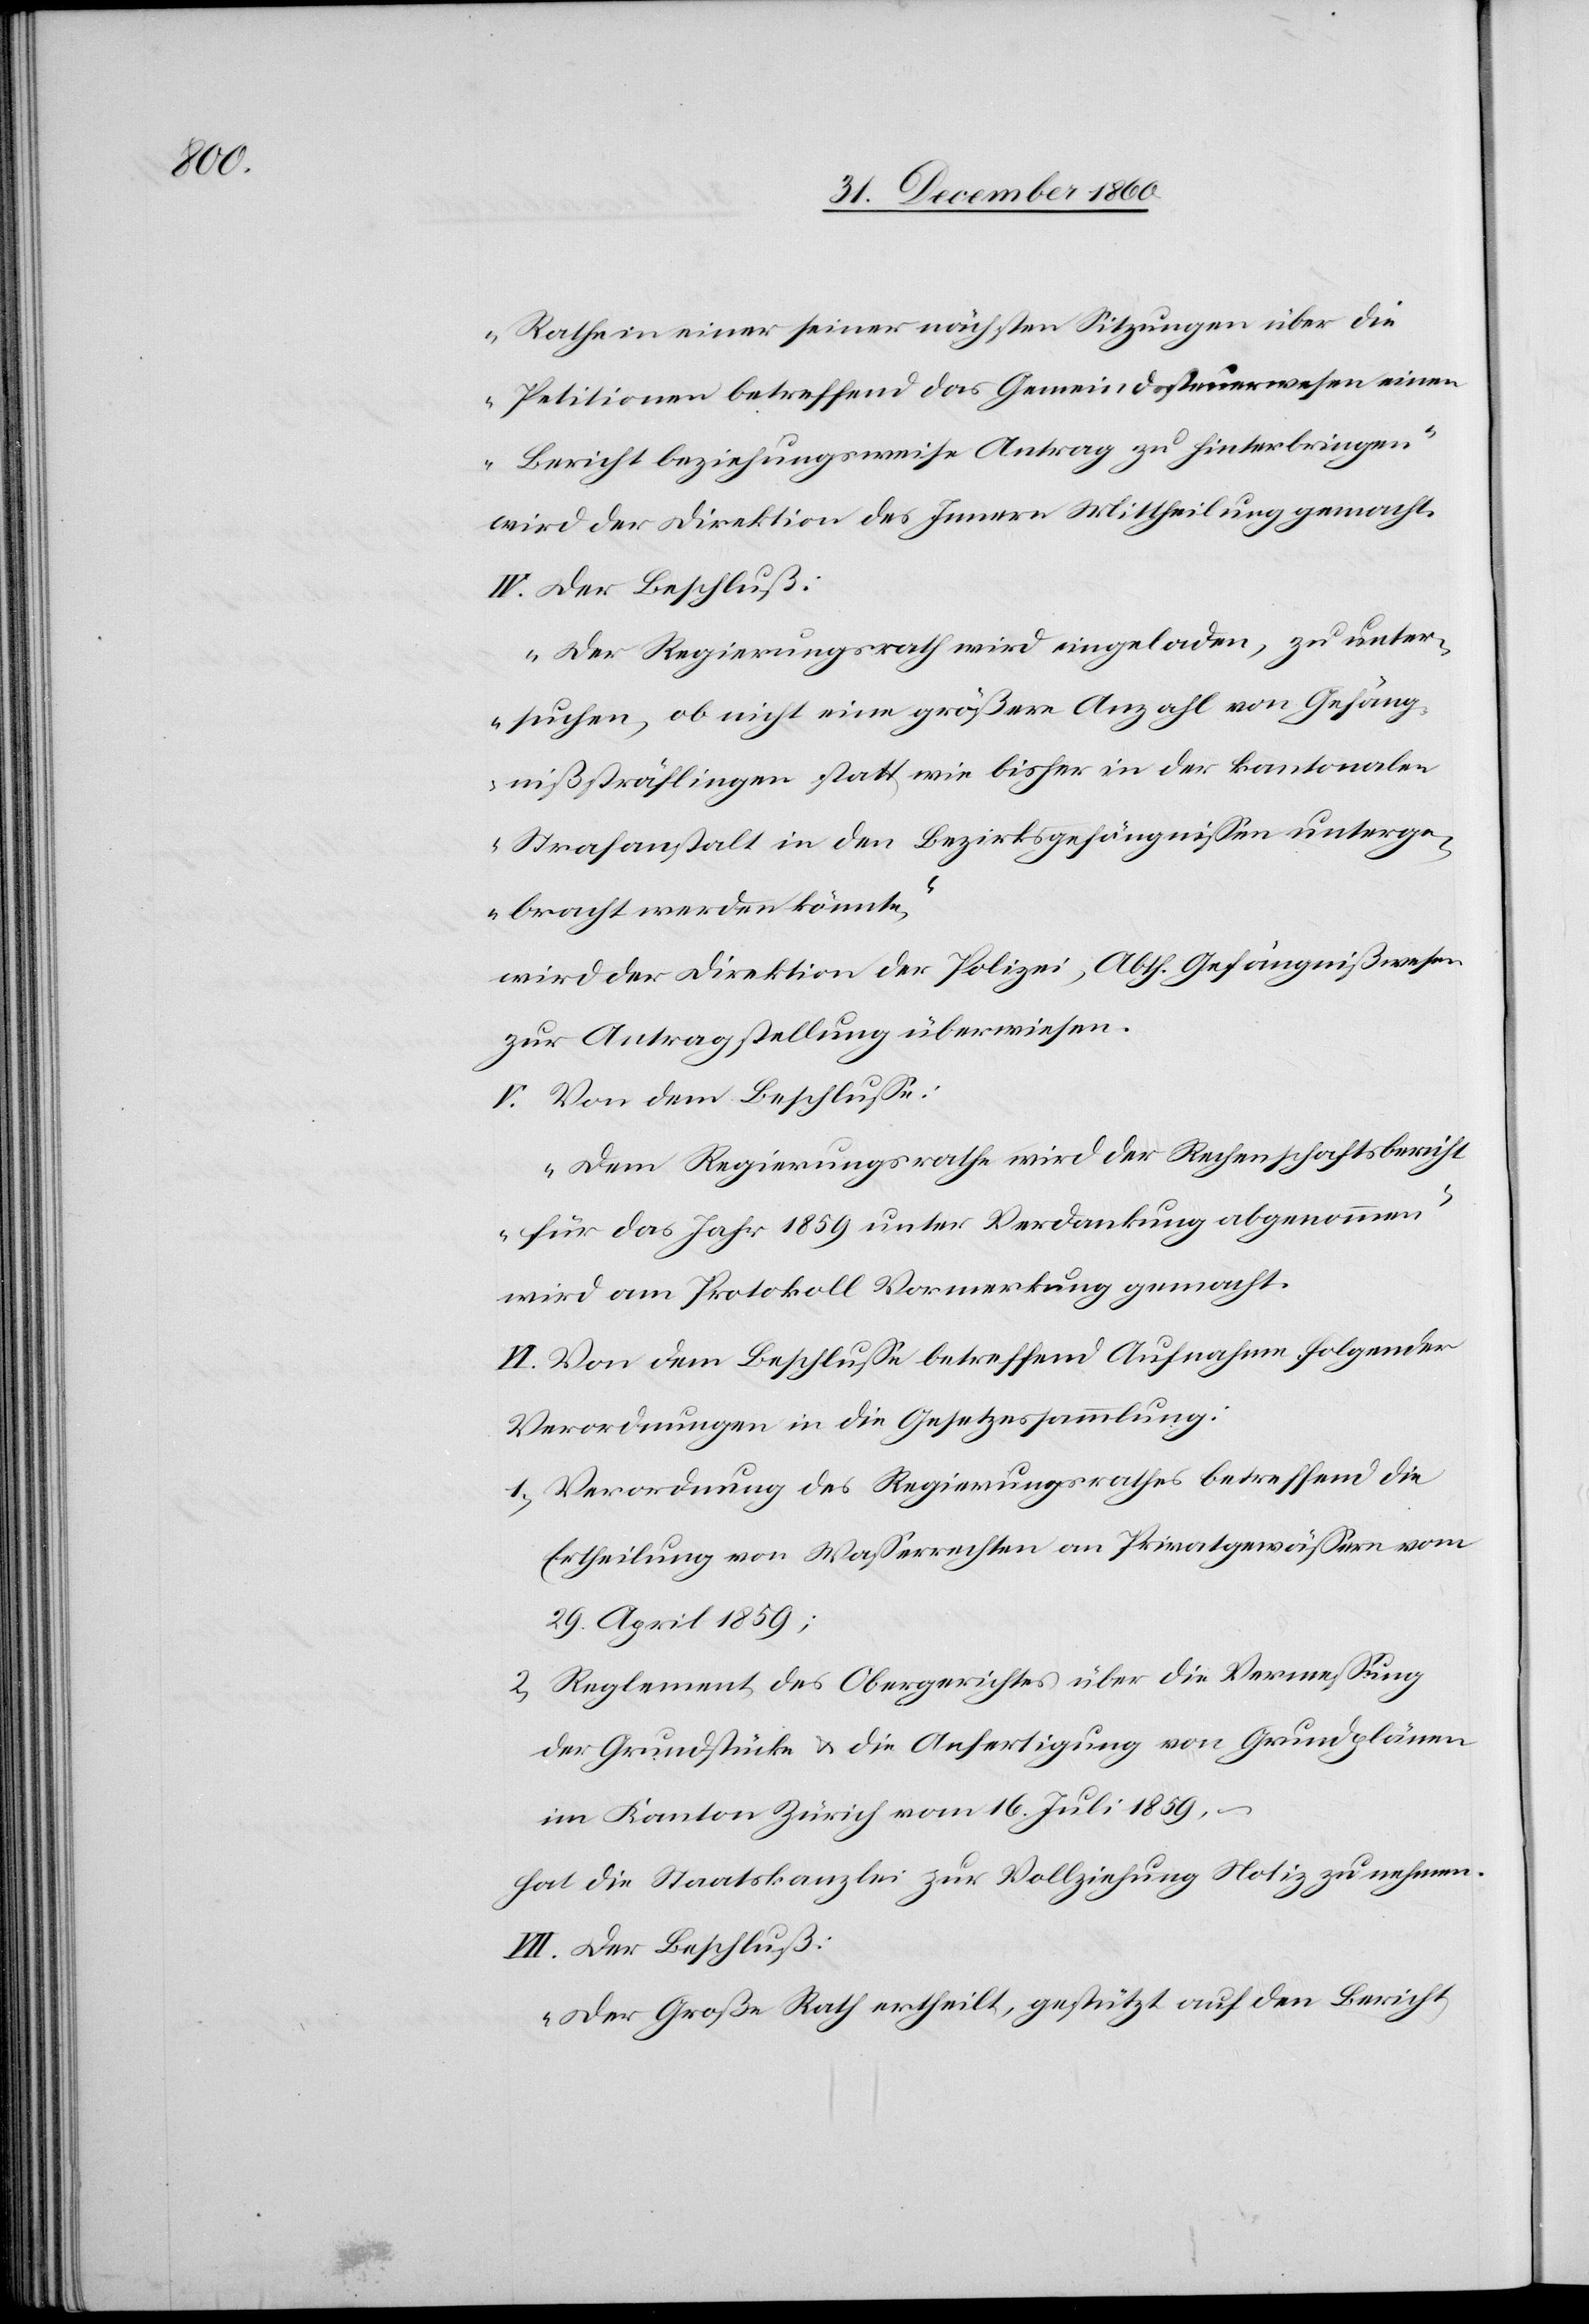
Rathe in einer seiner nächsten Sitzungen über die
Petitionen betreffend das Gemeindsteuerwesen einen
Bericht beziehungsweise Antrag zu hinterbringen“
wird der Direktion des Innern Mittheilung gemacht.
IV. Der Beschluß:
„Der Regierungsrath wird eingeladen, zu unter¬
suchen, ob nicht eine größere Anzahl von Gefäng¬
nißsträflingen statt wie bisher in der kantonalen
Strafanstalt in den Bezirksgefängnissen unterge¬
bracht werden könnte,“
wird der Direktion der Polizei, Abth. Gefängnißwesen
zur Antragstellung überwiesen.
V. Von dem Beschlusse:
„Dem Regierungsrathe wird der Rechenschaftsbericht
für das Jahr 1859 unter Verdankung abgenommen“
wird am Protokoll Vormerkung gemacht.
VI. Von dem Beschlusse betreffend Aufnahme folgender
Verordnungen in die Gesetzessammlung:
1. Verordnung des Regierungsrathes betreffend die
Ertheilung von Wasserrechten an Privatgewässern vom
29. April 1859;
2. Reglement des Obergerichtes über die Vermessung
der Grundstücke u. die Ausfertigung von Grundplänen
im Kanton Zürich vom 16. Juli 1859 –
hat die Staatskanzlei zur Vollziehung Notiz zu nehmen.
VII. Der Beschluß:
„Der Große Rath ertheilt, gestützt auf den Bericht